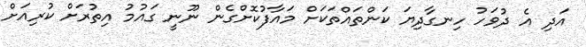
އަދި އެ ދުވަހު ހިނގާދިޔަ ކަންތައްތަކަށް މައާފުކޮށްގެން ނޫނީ ގައުމު އިތުރަށް ކުރިއަށް